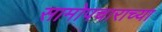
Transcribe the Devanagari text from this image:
सामोपचाराच्या